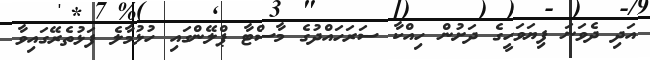
އަދި ދެވަނަ ފިޔަވަހީގެ ދަށުން ހިއްކާ ސަރަހައްދުގެ މާސްޓާ ޕްލޭންގައި ހުޅުމާލެ ފަޅުތެރޭގައިވާ